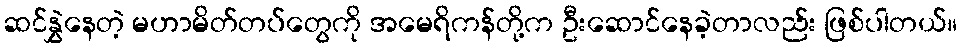
ဆင်နွှဲနေတဲ့ မဟာမိတ်တပ်တွေကို အမေရိကန်တို့က ဦးဆောင်နေခဲ့တာလည်း ဖြစ်ပါတယ်။